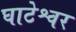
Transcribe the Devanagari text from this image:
घाटेश्वर